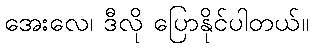
အေးလေ၊ ဒီလို ပြောနိုင်ပါတယ်။